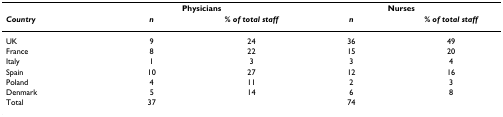
|  | <COLSPAN=2> Physicians | <COLSPAN=2> Nurses |
 | Country | n | % of total staff | n | % of total staff |
 | --- | --- | --- | --- | --- |
 | UK | 9 | 24 | 36 | 49 |
 | France | 8 | 22 | 15 | 20 |
 | Italy | 1 | 3 | 3 | 4 |
 | Spain | 10 | 27 | 12 | 16 |
 | Poland | 4 | 11 | 2 | 3 |
 | Denmark | 5 | 14 | 6 | 8 |
 | Total | 37 |  | 74 |  |